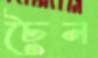
চৈন